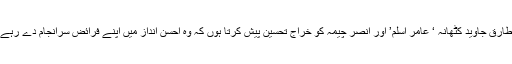
میں طارق جاوید کٹھانہ ‘ عامر اسلم’ اور انصر چیمہ کو خراجِ تحسین پیش کرتا ہوں کہ وہ احسن انداز میں اپنے فرائض سرانجام دے رہے ہیں۔